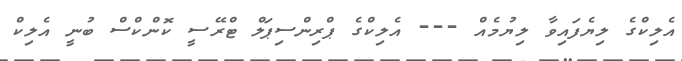
އެލިކްގެ ލިޔެފައިވާ ލިޔުމެއް --- އެލިކްގެ ޕްރިންސިޕަލް ޓްރޭސީ ކޮންކްސް ބުނީ އެލިކް